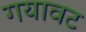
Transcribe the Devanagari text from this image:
गयावट